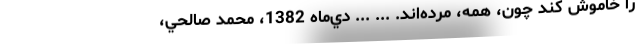
را خاموش كند چون، همه، مرده‌اند. ... ... دي‌ماه 1382، محمد صالحي،